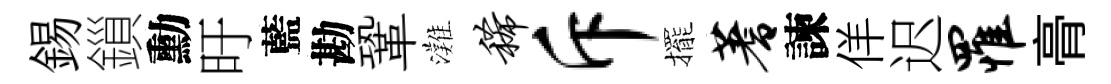
錫鎻勳旴藍勘鞏灘稀斥擺蓍諫佯迟罹𮌔